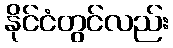
နိုင်ငံတွင်လည်း